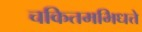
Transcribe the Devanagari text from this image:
चकितमभिधत्ते